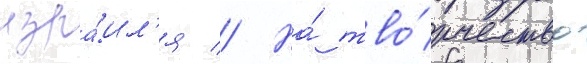
изра́ил'я // На́ тво́рчество